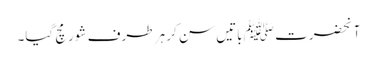
آنحضرت ﷺ باتیں سن کر ہر طرف شور مچ گیا۔